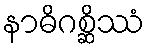
နာဓိဂစ္ဆိဿံ